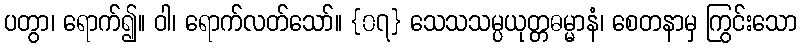
ပတွာ၊ ရောက်၍။ ဝါ၊ ရောက်လတ်သော်။ {၀၇} သေသသမ္ပယုတ္တဓမ္မာနံ၊ စေတနာမှ ကြွင်းသော